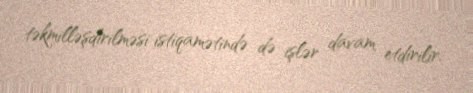
təkmilləşdirilməsi istiqamətində də işlər davam etdirilir.